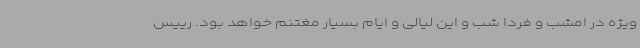
ویژه در امشب و فردا شب و این لیالی و ایام بسیار مغتنم خواهد بود. رییس